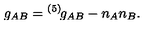
g _ { A B } = { } ^ { ( 5 ) \! } g _ { A B } - n _ { A } n _ { B } .